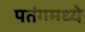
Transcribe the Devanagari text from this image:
पतंगमध्ये